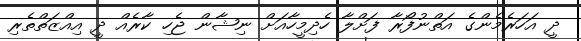
ދީ އަހަރެމެންގެ އަތްނުފޯރާ ފަށްލާ ހެދިމީހާއަށް ނިޝާން ޖެހި ކާރެއް ދީ އިއްޒަތްތެރި